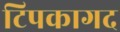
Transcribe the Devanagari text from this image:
टिपकागद